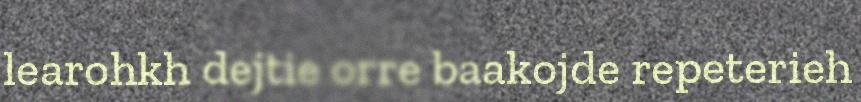
learohkh dejtie orre baakojde repeterieh